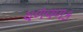
ચળવળક